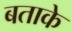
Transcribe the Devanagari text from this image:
बताके